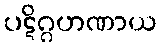
ပဋိဂ္ဂဟဏာယ